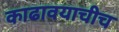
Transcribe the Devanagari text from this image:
काढावयाचीच